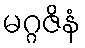
မဂ္ဂဇိနံ